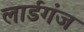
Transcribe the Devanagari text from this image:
लार्डगंज